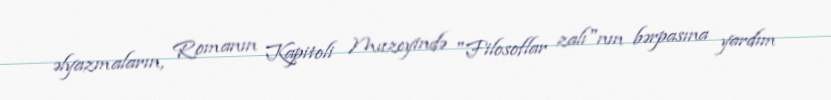
əlyazmaların, Romanın Kapitoli Muzeyində "Filosoflar zalı"nın bərpasına yardım